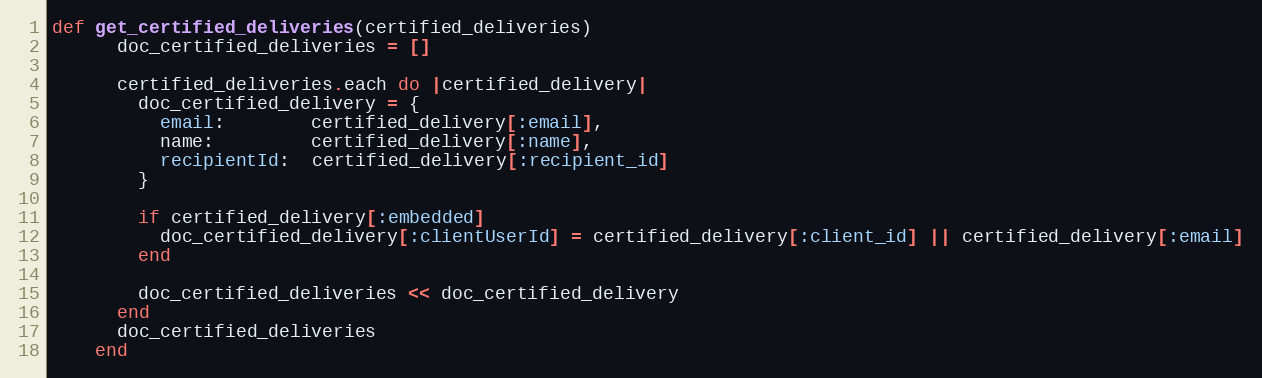
Language: Ruby
def get_certified_deliveries(certified_deliveries)
      doc_certified_deliveries = []

      certified_deliveries.each do |certified_delivery|
        doc_certified_delivery = {
          email:        certified_delivery[:email],
          name:         certified_delivery[:name],
          recipientId:  certified_delivery[:recipient_id]
        }

        if certified_delivery[:embedded]
          doc_certified_delivery[:clientUserId] = certified_delivery[:client_id] || certified_delivery[:email]
        end

        doc_certified_deliveries << doc_certified_delivery
      end
      doc_certified_deliveries
    end